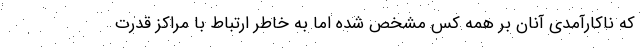
که ناکارآمدی آنان بر همه کس مشخص شده اما به خاطر ارتباط با مراکز قدرت